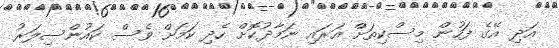
އަދި އޭގެ ފަހުން މިސްކިތަށް އަރައި ނަމާދުކޮށް ހެދި ކަމަށް ވެސް ކައުންސިލަރު